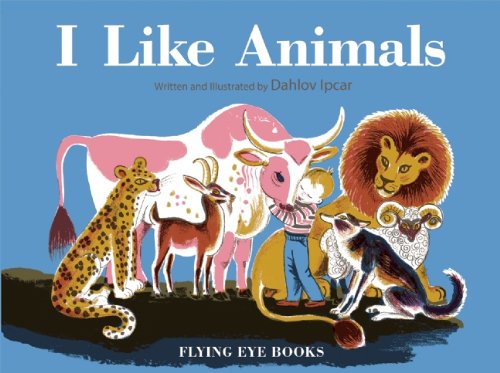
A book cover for I Like Animals (Dahlov Ipcar Collection); Children's Books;